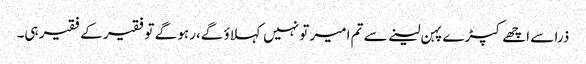
ذرا سے اچھے کپڑے پہن لینے سے تم امیر تو نہیں کہلاؤ گے،رہو گے تو فقیر کے فقیر ہی۔